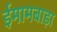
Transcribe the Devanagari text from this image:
ईमामबाड़ा